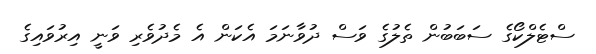
ސްޓެލްކޯގެ ސަބަބުން ތެލުގެ ވަސް ދުވާނަމަ އެކަން އެ މެދުވެރި ވަނީ އިރުވައިގެ